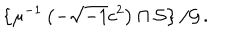
\left\{ \mu ^ { - 1 } \left( - \sqrt { - 1 } c ^ { 2 } \right) \cap \mathcal { S } \right\} / \mathcal { G } \, .